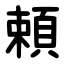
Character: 頼